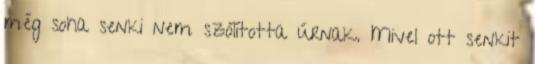
még soha senki nem szólította úrnak. Mivel ott senkit